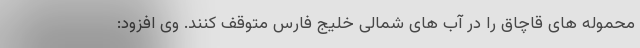
محموله های قاچاق را در آب های شمالی خلیج فارس متوقف کنند. وی افزود: